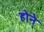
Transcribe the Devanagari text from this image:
होने्